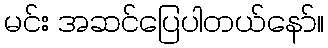
မင်း အဆင်ပြေပါတယ်နော်။